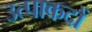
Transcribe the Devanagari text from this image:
उत्पाकदों